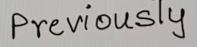
Previously